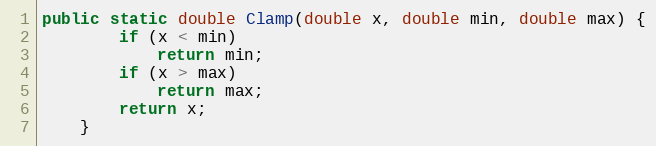
Language: Java
public static double Clamp(double x, double min, double max) {
        if (x < min)
            return min;
        if (x > max)
            return max;
        return x;
    }